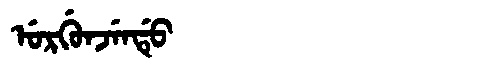
Manchu: ᡠᡵᡤᡠᠨᠵᡝᠨᡩᡠ
Romanization: URGUNJENDU